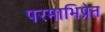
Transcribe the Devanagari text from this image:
परमाभिप्रेत